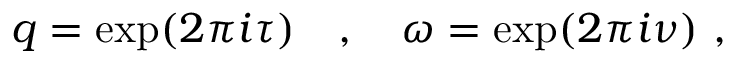
q = \exp ( 2 \pi i \tau ) ~ ~ ~ , ~ ~ ~ \omega = \exp ( 2 \pi i \nu ) ~ ,